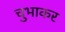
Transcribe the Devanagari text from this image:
चुभाकर